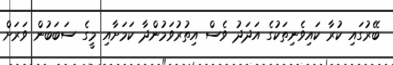
ބޭރުގައި ކުރާ ކައިވެނިތަކުގެ އަދަދު ވެސް އިތުރުވަމުންދާ ކަމަށާއި މީގެ ސަބަބުން ވަރަށް